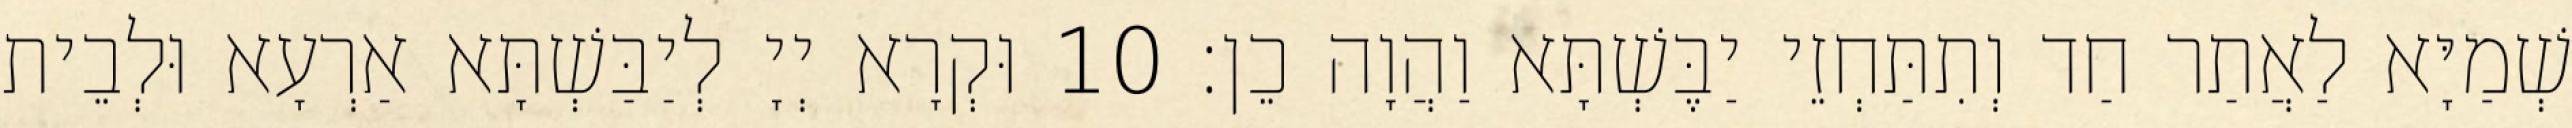
שְׁמַיָּא לַאֲתַר חַד וְתִתַּחְזֵי יַבֶּשְׁתָּא וַהֲוָה כֵן׃ 10 וּקְרָא יְיָ לְיַבַּשְׁתָּא אַרְעָא וּלְבֵית